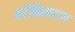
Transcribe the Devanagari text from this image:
मज्झिमवग्ग